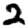
Digit: 2